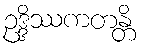
ဥဒ္ဒိဿကတန္တိ